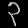
Digit: ၃